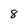
Character: 8